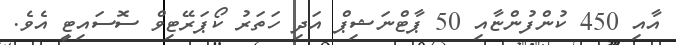
އާއި 450 ކުންފުންޏާއި 50 ޕާޓްނަޝިޕް އަދި ހަތަރު ކޯޕަރޭޓިވް ސޮސައިޓީ އެވެ.